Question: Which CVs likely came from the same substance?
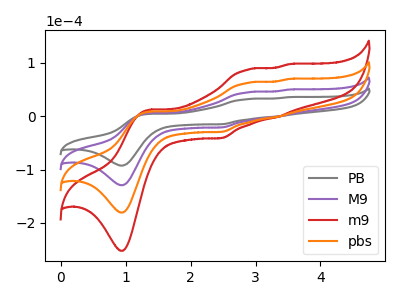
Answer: <think>The gray curve "PB" has anodic peaks at (1.35V, 4.45uA) (2.85V, 31.95uA) (3.35V, -0.65uA) (3.50V, 35.75uA) and cathodic peaks at (0.95V, -92.45uA) (2.50V, -15.05uA). The purple curve "M9" has anodic peaks at (1.35V, 6.25uA) (2.85V, 44.65uA) (3.35V, -0.90uA) (3.50V, 49.90uA) and cathodic peaks at (0.95V, -129.15uA) (2.50V, -21.00uA). The red curve "m9" has anodic peaks at (1.35V, 18.70uA) (2.85V, 133.95uA) (3.35V, -2.65uA) (3.50V, 149.75uA) and cathodic peaks at (0.95V, -387.50uA) (2.50V, -63.05uA). The orange curve "pbs" has anodic peaks at (1.35V, 12.50uA) (2.85V, 89.30uA) (3.35V, -1.75uA) (3.50V, 99.85uA) and cathodic peaks at (0.95V, -258.30uA) (2.50V, -42.05uA).
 All the peaks in "PB" have a peak in "M9" at the same potential. All the peaks in "PB" have a peak in "m9" at the same potential. All the peaks in "PB" have a peak in "pbs" at the same potential. All the peaks in "M9" have a peak in "m9" at the same potential. All the peaks in "M9" have a peak in "pbs" at the same potential. All the peaks in "m9" have a peak in "pbs" at the same potential.</think>
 <answer>"PB", "M9", "m9" and "pbs" have the same shape and are likely CV's of the same chemical.</answer>
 <eval>"PB" "M9" "m9" "pbs"</eval>